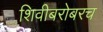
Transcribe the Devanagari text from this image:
शिवीबरोबरच